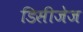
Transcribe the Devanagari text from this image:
डिसीजेज